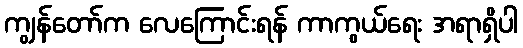
ကျွန်တော်က လေကြောင်းရန် ကာကွယ်ရေး အရာရှိပါ